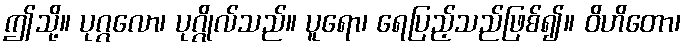
ဤသို့။ ပုဂ္ဂလော၊ ပုဂ္ဂိုလ်သည်။ ပူရော၊ ရေပြည့်သည်ဖြစ်၍။ ဝိဟိတော၊